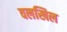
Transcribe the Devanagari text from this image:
वलखिल